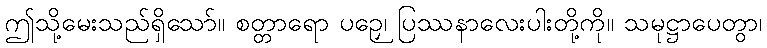
ဤသို့မေးသည်ရှိသော်။ စတ္တာရော ပဉှေ၊ ပြဿနာလေးပါးတို့ကို။ သမုဋ္ဌာပေတွာ၊